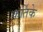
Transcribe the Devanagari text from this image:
कर्तिके